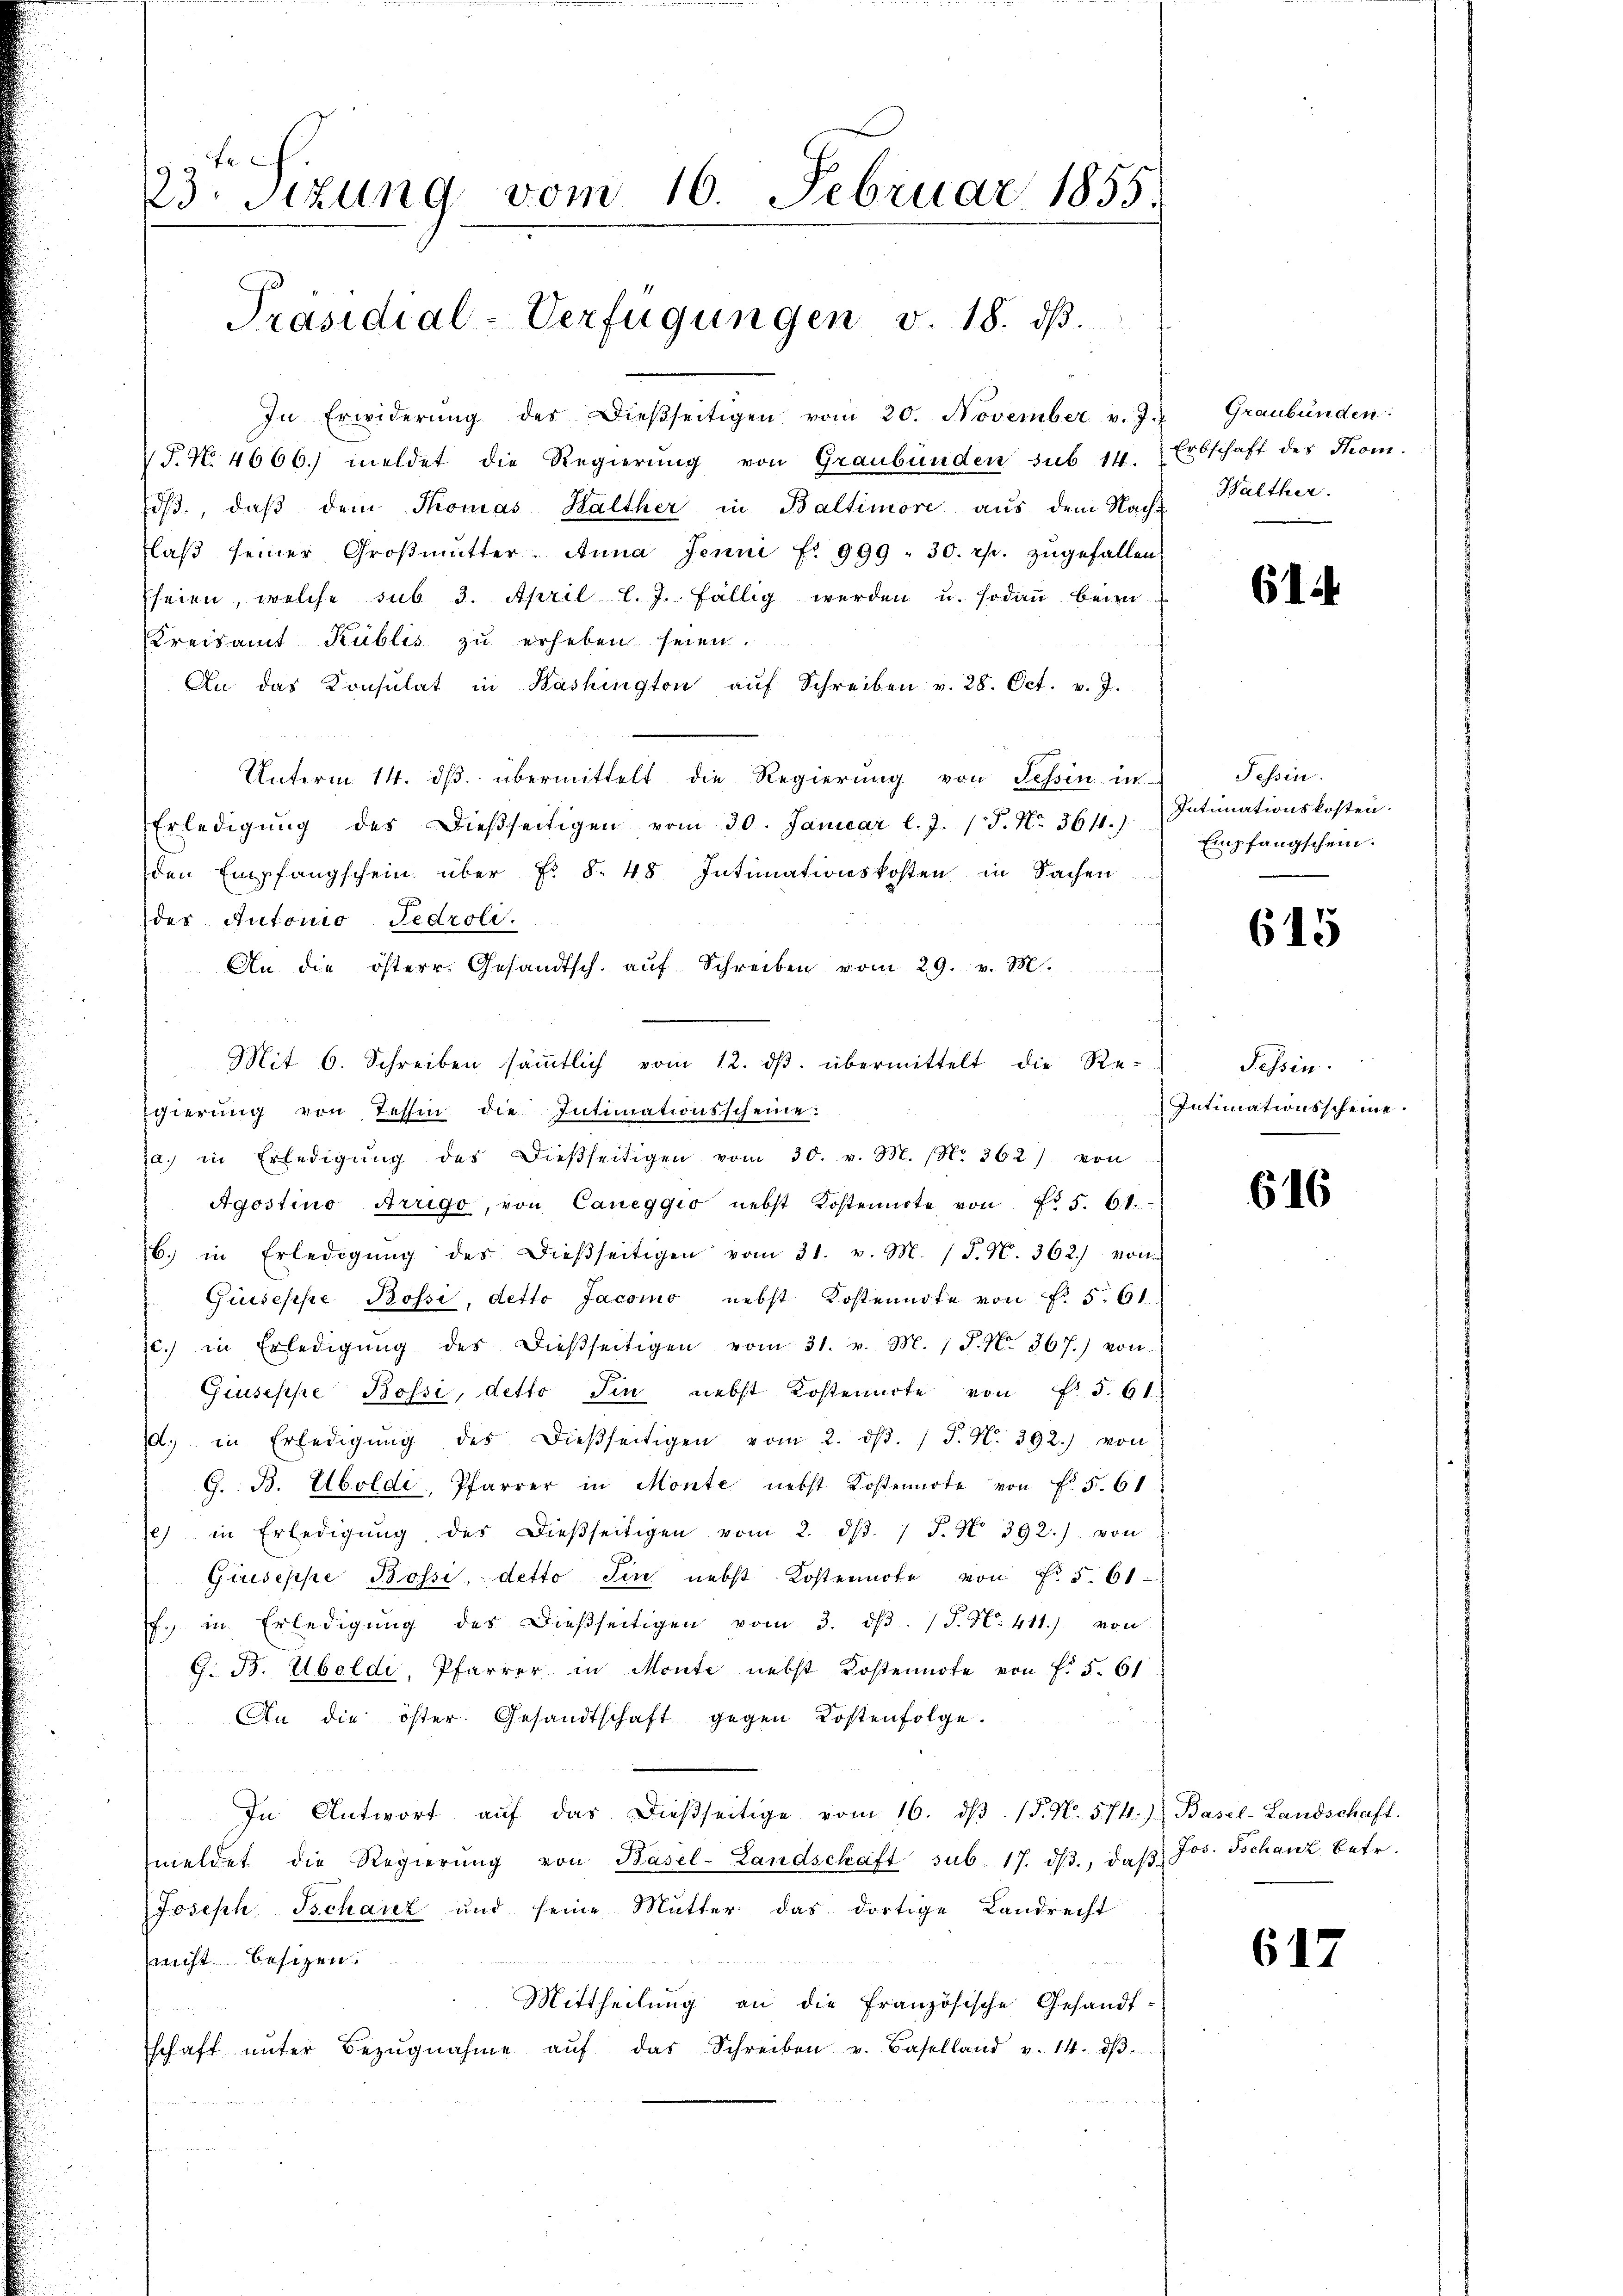
23. Sizung vom 16. Februar 1855.
Präsidial-Verfügungen v. 18. dβ.

In Erwiderŭng des Dieβseitigen vom 20. November v. J. Graubünden:
T. N. 4666. meldet die Regierŭng von Graubünden sub 14. Erbschaft des Thom.
dβ., daβ dem Thomas Halther in Baltimore aus dem Nach Walther.
laβ seiner Groβmütter. Anna Jenni fr. 999 : 30 rp. zŭgefallen.
seien, welche sub 3. April l. J. fällig werden u. sodann beim
Kreisamt Kublis zŭ erheben seien.
An das Konsulat in Washington aŭf Schreiben v. 28. Oct. v. J.
Unterm 14. dβ übermittelt die Regierung von Tessin in
Erledigŭng des dießseitigen vom 30. Januar l. J. P. Nr. 3614.)
den Empfangschein über F. §. 48 Intimationskosten in Sachen
des Autonio Fedroli
An die österr. Gesandtsch. aŭf Schreiben vom 29. v. M.
gierung von Tessin die Intimationsscheine:
(a. in Erledigŭng des dießseitigen vom 30. v. M. (N. 362) von
Agostino Arrigo, von Caneggio nebst Kostenirte von No 5. 61.
b. in Erledigŭng des dieβseitigen vom 31. v. M. (T. N. 362) von
Giuseppe Bossi, detto Jacomo nebst Kostennote von f. 561
c. in Erledigŭng des dießseitigen vom 31. v. M. P. Nr. 367.) von
Giuseppe Bossi, detto Tin, nebst Kostenarte von Fr. 5. 61.
d. in Erledigŭng des dießseitigen vom 2. dβ. / J. N. 392.) von
G. B. Aboldi, Pfarrer in Monte nebst Kostenarte von Fr. 5. 61
e) in Erledigŭng des dieβseitigen vom 2. dβ. 1 S. N. 392.) von
Giuseppe Bossi, detto sin nebst Kostennote von Fr. 5. 61.
f. in Erledigŭng des dießseitigen vom 3. dβ. /J. N. 411.) von
G. B. Übeldi, Pfarrer in Monte nebst Kostennote von f. 5. 61
An die öster Gesandtschaft gegen Kostenfolge.
In Antwort aŭf das dießseitige vom 16. dβ. P. N. 574.) Basel-Landschaft.
meldet die Regierŭng von Basel-Landschaft sub. 17. dβ, daβ
Joseph Tschanz und seine Mutter das dortige Landrecht
nicht besizen.
Mittheilung an die Französische Gesandt-
schaft ŭnter Bezŭgnahme aŭf das Schreiben v. Baselland v. 14. dβ.

Mit 6. Schreiben säṁtlich vom 12. dβ. übermittelt die Re-

614

Tessin.
Intimationskosten.
Empfangschein.

615

Fessen.
Intimationsscheine.

616

Jos. Tschanz betr.

617